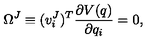
\Omega ^ { J } \equiv ( v _ { i } ^ { J } ) ^ { T } \frac { \partial V ( q ) } { \partial q _ { i } } = 0 ,